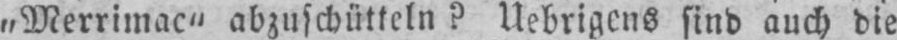
„Merrimac“ abzuschütteln? Uebrigens sind auch die